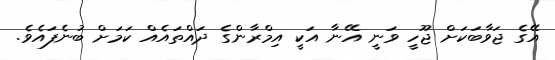
އޭގެ ޖަވާބަކަށް ޖޫހީ ވަނީ އޭނާ އަކީ އިމްރާންގެ ދައްތައެއް ކަމަށް ބުނެފައެވެ.